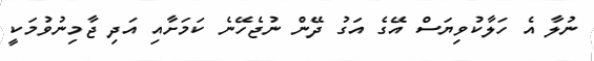
ނުލާ އެ ހަލާކުވިޔަސް އޭގެ އަގު ދޭން ނުޖެހޭނެ ކަމަށާއި އަދި ޖާމިނުވުމަކީ